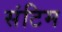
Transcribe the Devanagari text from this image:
संटिम